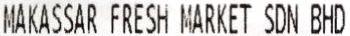
MAKASSAR FRESH MARKET SDN BHD